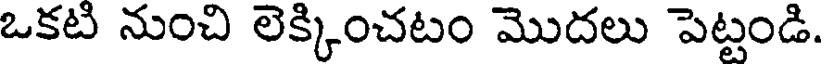
ఒకటి నుంచి లెక్కించటం మొదలు పెట్టండి.